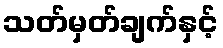
သတ်မှတ်ချက်နှင့်